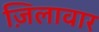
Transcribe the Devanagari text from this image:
ज़िलावार